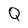
Character: Q